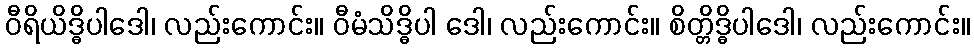
ဝီရိယိဒ္ဓိပါဒေါ၊ လည်းကောင်း။ ဝီမံသိဒ္ဓိပါ ဒေါ၊ လည်းကောင်း။ စိတ္တိဒ္ဓိပါဒေါ၊ လည်းကောင်း။